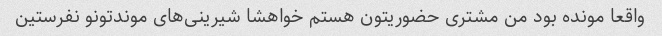
واقعا مونده بود من مشتری حضوریتون هستم خواهشا شیرینی‌های موندتونو نفرستین